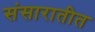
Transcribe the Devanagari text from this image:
संसारातीत